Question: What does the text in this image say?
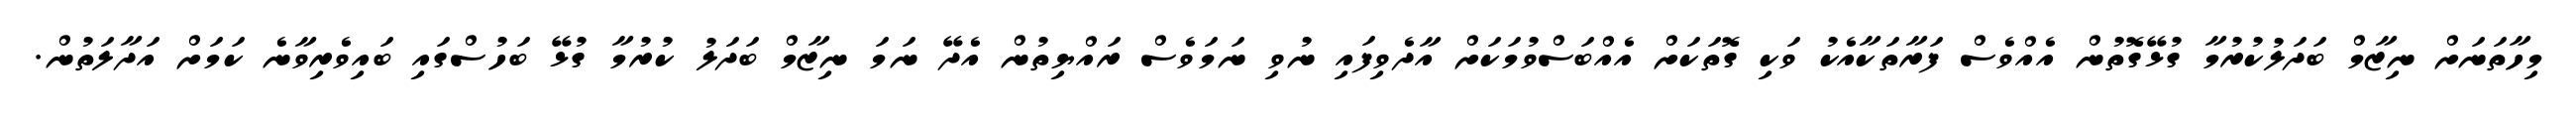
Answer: މިހާތަނަށް ނިޒާމް ބަދަލުކުރުމާ ގުޅޭގޮތުން އެއްވެސް ފަރާތަކާއެކު ވަކި ގޮތަކަށް އެއްބަސްވުމަކަށް އާދެވިފައި ނުވި ނަމަވެސް ރައްޔިތުން އެދޭ ނަމަ ނިޒާމް ބަދަލު ކުރުމާ ގުޅޭ ބަހުސްގައި ބައިވެރިވާނެ ކަމަށް އަދާލަތުން.